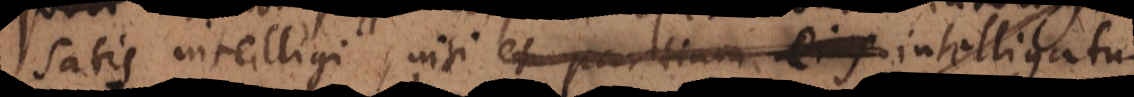
satis intelligi, nisi et partium ejus intelligatur